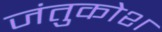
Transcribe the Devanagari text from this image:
जंतुकोश